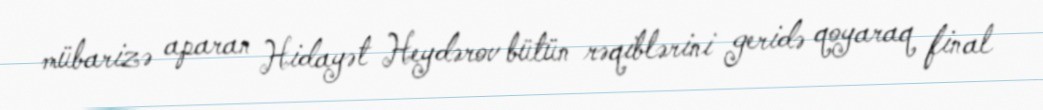
mübarizə aparan Hidayət Heydərov bütün rəqiblərini geridə qoyaraq final